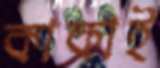
কাকাই